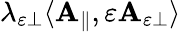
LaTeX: \lambda_{\varepsilon\perp}\langle\mathbf{A}_{\parallel},\varepsilon\mathbf{A}_{\varepsilon\perp}\rangle